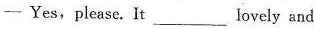
一 Yes,please. It___lovely and